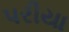
પરીયા